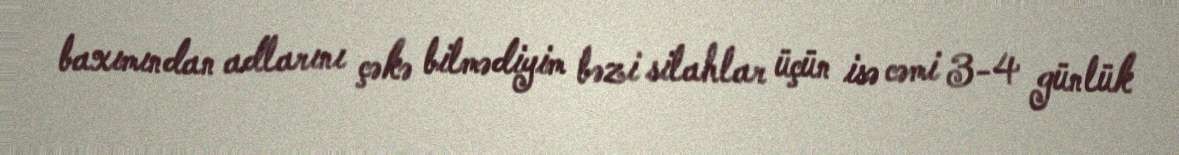
baxımından adlarını çəkə bilmədiyim bəzi silahlar üçün isə cəmi 3-4 günlük